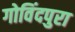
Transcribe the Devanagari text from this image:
गोविंदपुरा